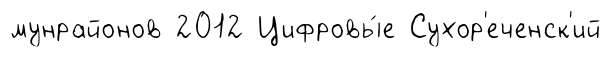
мунрайонов 2012 Цифровы́е Сухор'еченск'ий